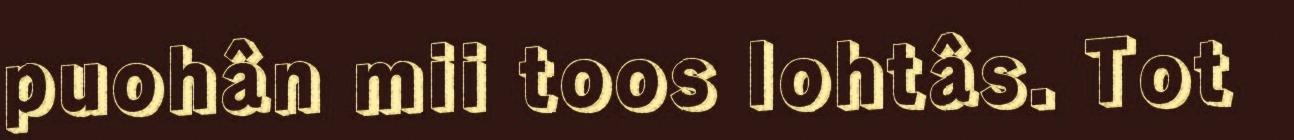
puohân mii toos lohtâs. Tot